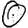
Digit: 0